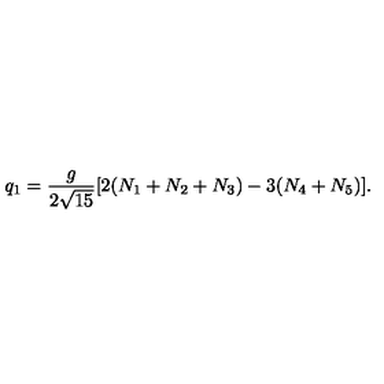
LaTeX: q _ { 1 } = { \frac { g } { 2 \sqrt { 1 5 } } } [ 2 ( N _ { 1 } + N _ { 2 } + N _ { 3 } ) - 3 ( N _ { 4 } + N _ { 5 } ) ] .